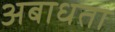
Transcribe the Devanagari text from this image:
अबाधता